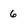
Character: 6